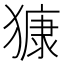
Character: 𱮝